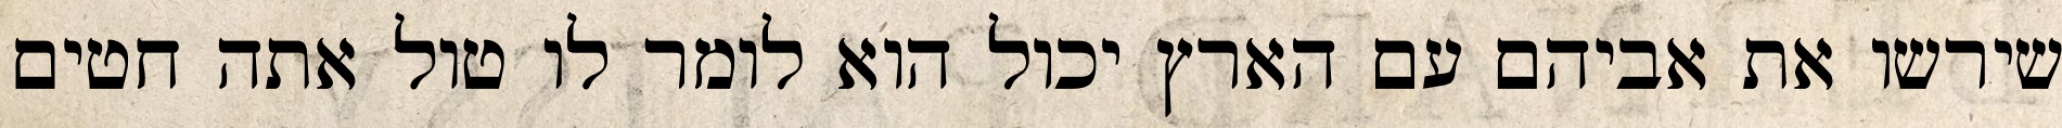
שירשו את אביהם עם הארץ יכול הוא לומר לו טול אתה חטים